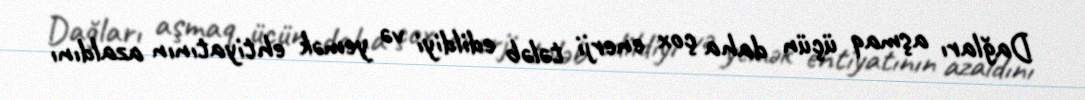
Dağları aşmaq üçün daha çox enerji tələb edildiyi və yemək ehtiyatının azaldını